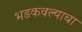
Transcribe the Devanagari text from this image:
भडकवल्याचा